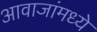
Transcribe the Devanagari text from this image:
आवाजांमध्ये